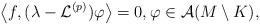
LaTeX: \begin{align*}\left\langle f,(\lambda-\mathcal{L}^{(p)})\varphi\right\rangle=0,\varphi \in \mathcal{A}(M\setminus K),\end{align*}